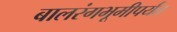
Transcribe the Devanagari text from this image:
बालरंगभूमीपर्यंत